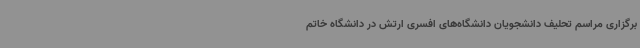
برگزاری مراسم تحلیف دانشجویان دانشگاه‌های افسری ارتش در دانشگاه خاتم